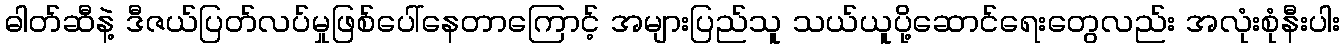
ဓါတ်ဆီနဲ့ ဒီဇယ်ပြတ်လပ်မှုဖြစ်ပေါ်နေတာကြောင့် အများပြည်သူ သယ်ယူပို့ဆောင်ရေးတွေလည်း အလုံးစုံနီးပါး